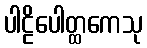
ပါဠိပေါတ္ထကေသု